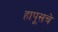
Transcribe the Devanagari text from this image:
हापूसचे